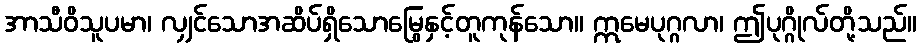
အာသီဝိသူပမာ၊ လျှင်သောအဆိပ်ရှိသောမြွေနှင့်တူကုန်သော။ ဣမေပုဂ္ဂလာ၊ ဤပုဂ္ဂိုလ်တို့သည်။